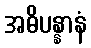
အဓိပန္နာနံ